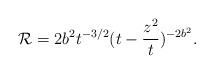
\begin{align*}{\cal R} = 2 b^2 t^{-3/2} (t-\frac{z^2}{t})^{-2 b^2}.\end{align*}